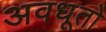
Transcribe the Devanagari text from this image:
अवधूतो